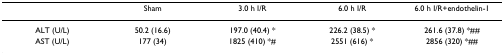
<table><thead><tr><td></td><td><b>Sham</b></td><td><b>3.0 h I/R</b></td><td><b>6.0 h I/R</b></td><td><b>6.0 h I/R+endothelin-1</b></td></tr></thead><tbody><tr><td>ALT (U/L)</td><td>50.2 (16.6)</td><td>197.0 (40.4) *</td><td>226.2 (38.5) *</td><td>261.6 (37.8) *##</td></tr><tr><td>AST (U/L)</td><td>177 (34)</td><td>1825 (410) *#</td><td>2551 (616) *</td><td>2856 (320) *##</td></tr></tbody></table>